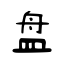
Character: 盘